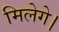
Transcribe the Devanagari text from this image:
मिलेगे।